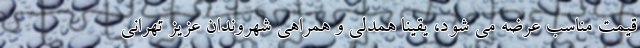
قیمت مناسب عرضه می شود، یقینا همدلی و همراهی شهروندان عزیز تهرانی